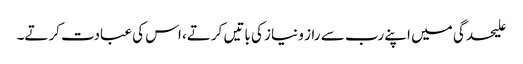
علیحدگی میں اپنے رب سے راز و نیاز کی باتیں کرتے، اس کی عبادت کرتے۔